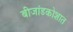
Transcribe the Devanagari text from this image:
बीजांडकोशात